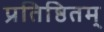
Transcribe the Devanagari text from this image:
प्रतिष्ठितम्